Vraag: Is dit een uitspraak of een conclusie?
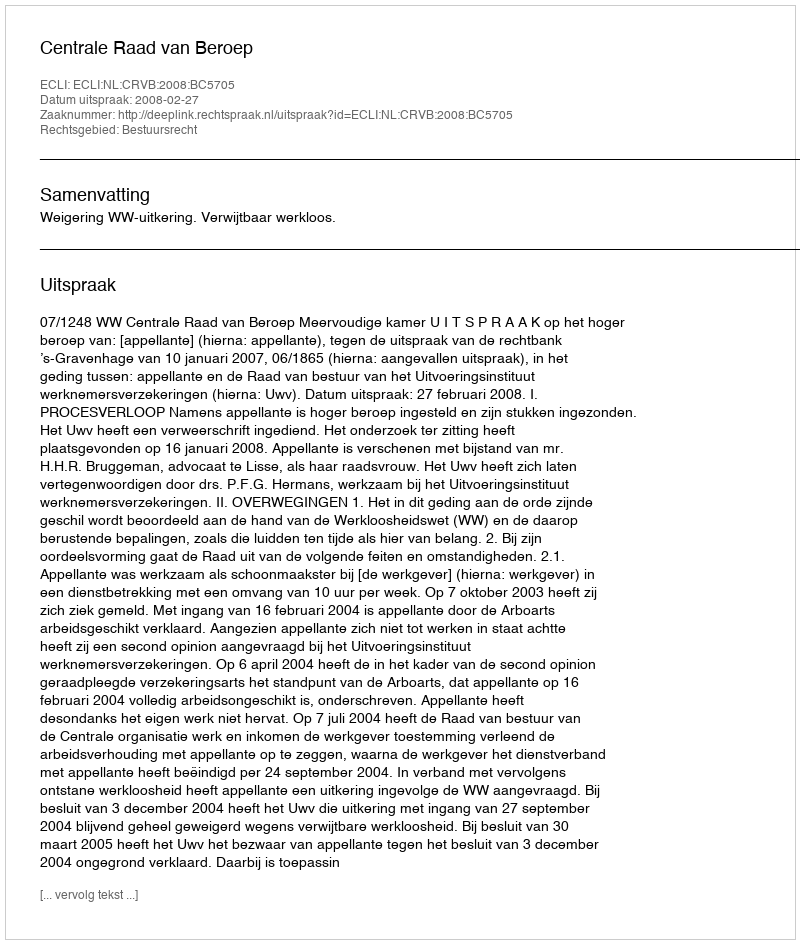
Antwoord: Uitspraak